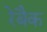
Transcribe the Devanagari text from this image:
रेबैक